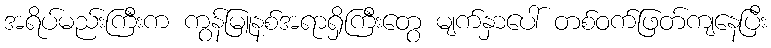
အရိပ်မည်းကြီးက ကွန်မြူနစ်အရာရှိကြီးတွေ မျက်နှာပေါ် တစ်ဝက်ဖြတ်ကျနေပြီး